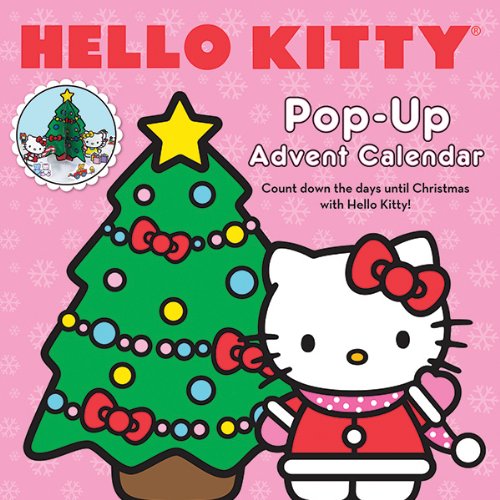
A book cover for Hello Kitty Pop-Up Advent Calendar; Sanrio; Calendars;